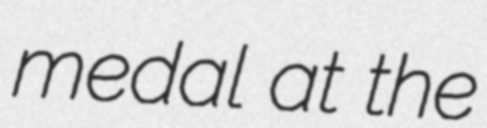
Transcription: medal at the